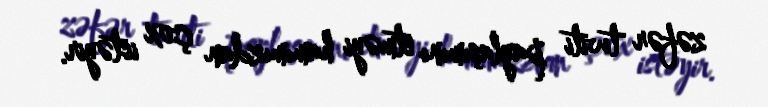
zəfər twiti paylaşımını etməyi hamımızdan çox istəyir.